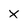
Character: X